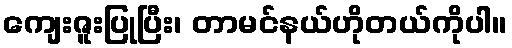
ကျေးဇူးပြုပြီး၊ တာမင်နယ်ဟိုတယ်ကိုပါ။